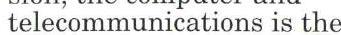
telecommunications is the